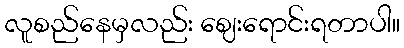
လူစည်နေမှလည်း ဈေးရောင်းရတာပါ။